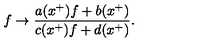
f \rightarrow \frac { a ( x ^ { + } ) f + b ( x ^ { + } ) } { c ( x ^ { + } ) f + d ( x ^ { + } ) } .